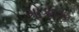
ગોકાક